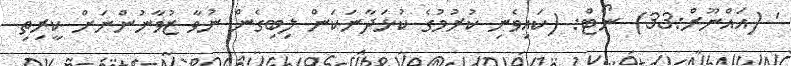
' (އައްނޫރް:33) ނޯޓް: (ކައިވެނި ކުރުމުގެ ކުޅަދާނަކަން ލިބިގެން ނުވާ ޒުވާނުންނަށް ކީރިތި